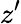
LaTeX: z’